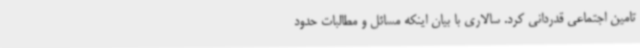
تامین اجتماعی قدردانی کرد. سالاری با بیان اینکه مسائل و مطالبات حدود